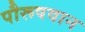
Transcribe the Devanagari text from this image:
पौरूषवान